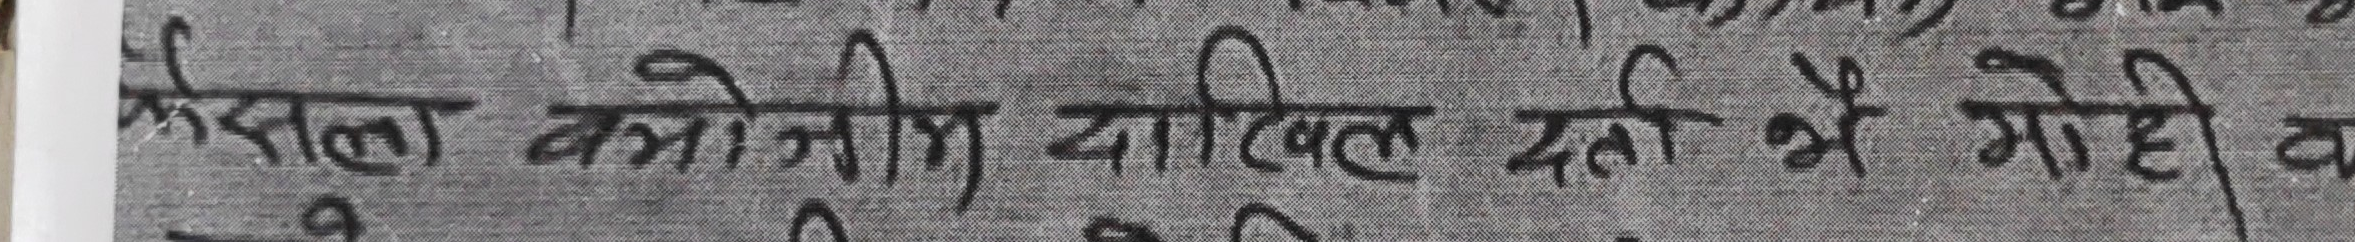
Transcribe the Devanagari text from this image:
मेरा गमोनी या दिखत दल थे मोही व